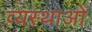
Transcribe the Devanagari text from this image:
व्यस्थाओं